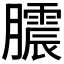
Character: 𭩒